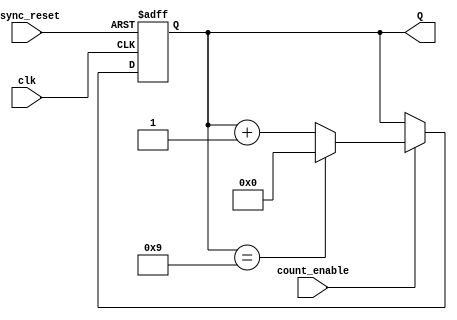
module BCD_Asynchronous_Counter (
    input wire clk,            // Clock input
    input wire count_enable,   // Count enable signal
    input wire async_reset,    // Asynchronous reset signal
    output reg [3:0] Q         // 4-bit output representing BCD count
);

// Asynchronous reset and counting logic
always @(posedge clk or posedge async_reset) begin
    if (async_reset) begin
        // Reset the counter to 0000
        Q <= 4'b0000;
    end else if (count_enable) begin
        // Increment the counter
        if (Q == 4'b1001) begin
            // If the counter reaches 9 (1001), reset to 0
            Q <= 4'b0000;
        end else begin
            // Otherwise, increment the counter
            Q <= Q + 1;
        end
    end
end

endmodule